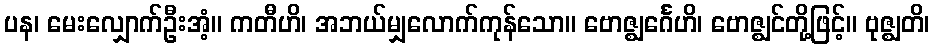
ပန၊ မေးလျှောက်ဦးအံ့။ ကတီဟိ၊ အဘယ်မျှလောက်ကုန်သော။ ဗောဇ္ဈင်္ဂေဟိ၊ ဗောဇ္ဈင်တို့ဖြင့်။ ဗုဇ္ဈတိ၊